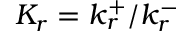
K _ { r } = k _ { r } ^ { + } / k _ { r } ^ { - }